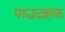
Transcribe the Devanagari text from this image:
पश्चदाहक